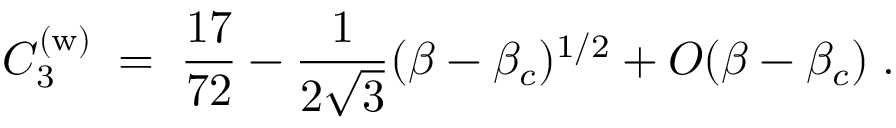
C _ { 3 } ^ { ( \mathrm { w } ) } \; = \; { \frac { 1 7 } { 7 2 } } - { \frac { 1 } { 2 \sqrt { 3 } } } ( \beta - \beta _ { c } ) ^ { 1 / 2 } + O ( \beta - \beta _ { c } ) \; .